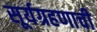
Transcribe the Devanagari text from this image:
सूर्यग्रहणाची